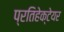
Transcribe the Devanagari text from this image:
प्रतिहेक्टेयर